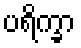
ပရိက္ခာ